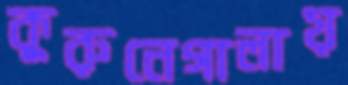
কুরুনেগালায়